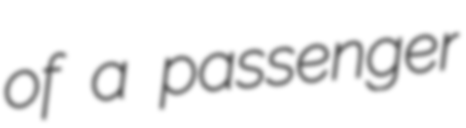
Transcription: of a passenger